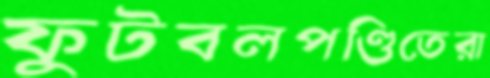
ফুটবলপণ্ডিতেরা